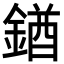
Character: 𨩊